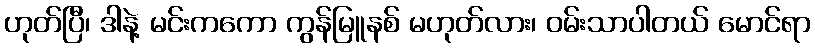
ဟုတ်ပြီ၊ ဒါနဲ့ မင်းကကော ကွန်မြူနစ် မဟုတ်လား၊ ဝမ်းသာပါတယ် မောင်ရာ